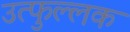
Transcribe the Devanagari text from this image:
उत्‍फुल्‍लक